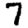
Digit: 7